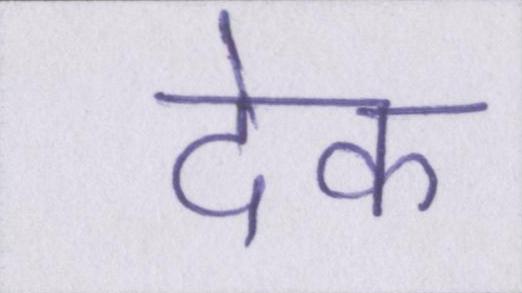
देक